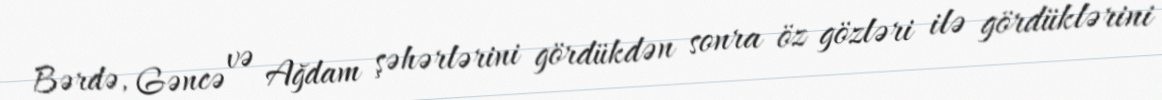
Bərdə, Gəncə və Ağdam şəhərlərini gördükdən sonra öz gözləri ilə gördüklərini